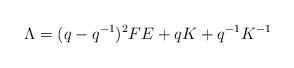
LaTeX: \begin{gather*}\Lambda=(q-q^{-1})^2 FE+qK+q^{-1} K^{-1}\end{gather*}